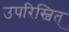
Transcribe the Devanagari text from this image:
उपरिस्वित्